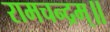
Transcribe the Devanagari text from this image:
रामचन्द्रम्॥